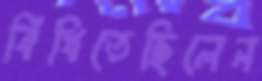
বিঁধিতেছিলেন